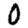
Digit: 0